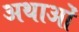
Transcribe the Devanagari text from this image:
अथाओं